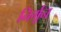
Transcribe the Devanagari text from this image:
निर्मून